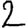
Digit: 2